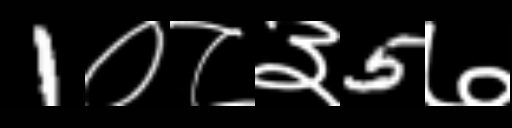
Text: 1०८३5७